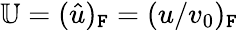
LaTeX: \mathbb{U}=(\hat{u})_{\mathtt{F}}=(u/v_{0})_{\mathtt{F}}